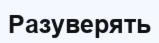
Разуверять